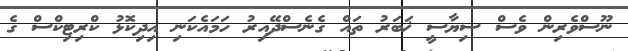
ނޫސްވެރިން ވެސް ސިޔާސީ ޚަބަރު ތައް ގެނެސްދޭއިރު ހަމައެކަނި އިދިކޮޅު ކްރިޓިކްސް ގެ